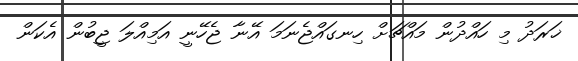
ޚަރަދު މި ހައްދުން މައްޗަށް ހިނގައްޖެނަމަ އޭނާ ޖެހޭނީ އަމިއްލަ ޖީބުން އެކަން